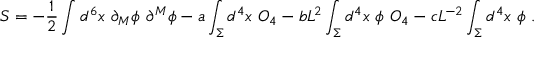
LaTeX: S = - { \frac { 1 } { 2 } } \int d ^ { 6 } x ~ \partial _ { M } \phi ~ \partial ^ { M } \phi - a \int _ { \Sigma } d ^ { 4 } x ~ { \cal O } _ { 4 } - b L ^ { 2 } \int _ { \Sigma } d ^ { 4 } x ~ \phi ~ { \cal O } _ { 4 } - c L ^ { - 2 } \int _ { \Sigma } d ^ { 4 } x ~ \phi ~ .